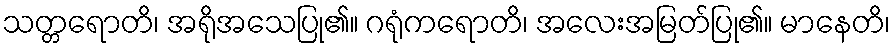
သတ္တရောတိ၊ အရိုအသေပြု၏။ ဂရုံကရောတိ၊ အလေးအမြတ်ပြု၏။ မာနေတိ၊